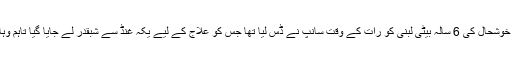
خیال رہے کہ ضلع مومند کے تحصیل یکہ غنڈ سے تعلق رکھنے والے قاری خوشحال کی 6 سالہ بیٹی لبنیٰ کو رات کے وقت سانپ نے ڈس لیا تھا جس کو علاج کے لیے یکہ غنڈ سے شبقدر لے جایا گیا تاہم وہاں ویکیسن نہ ہونے کی وجہ سے ڈاکٹروں نے اس کو پشاور لے جانے کا کہا۔